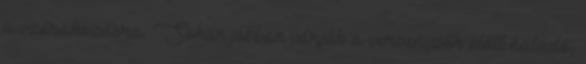
a szórakozásra. Sokan jobban várják a versenyzők előtt haladó,